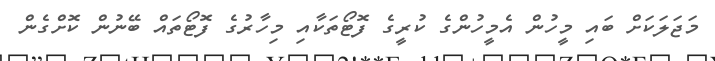
މަޖަލަކަށް ބައި މީހުން އެމީހުންގެ ކުރީގެ ފޮޓޯތަކާއި މިހާރުގެ ފޮޓޯތައް ބޭނުން ކޮށްގެން